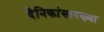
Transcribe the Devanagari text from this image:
दैनिकांसारख्या